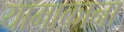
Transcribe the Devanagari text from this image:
यामाकाना